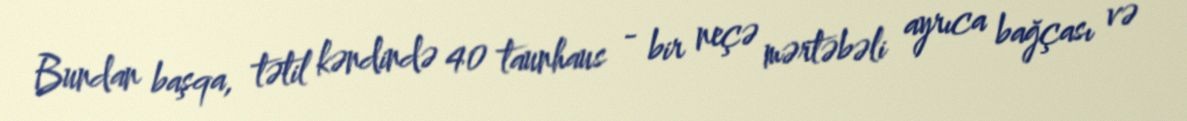
Bundan başqa, tətil kəndində 40 taunhaus - bir neçə mərtəbəli ayrıca bağçası və